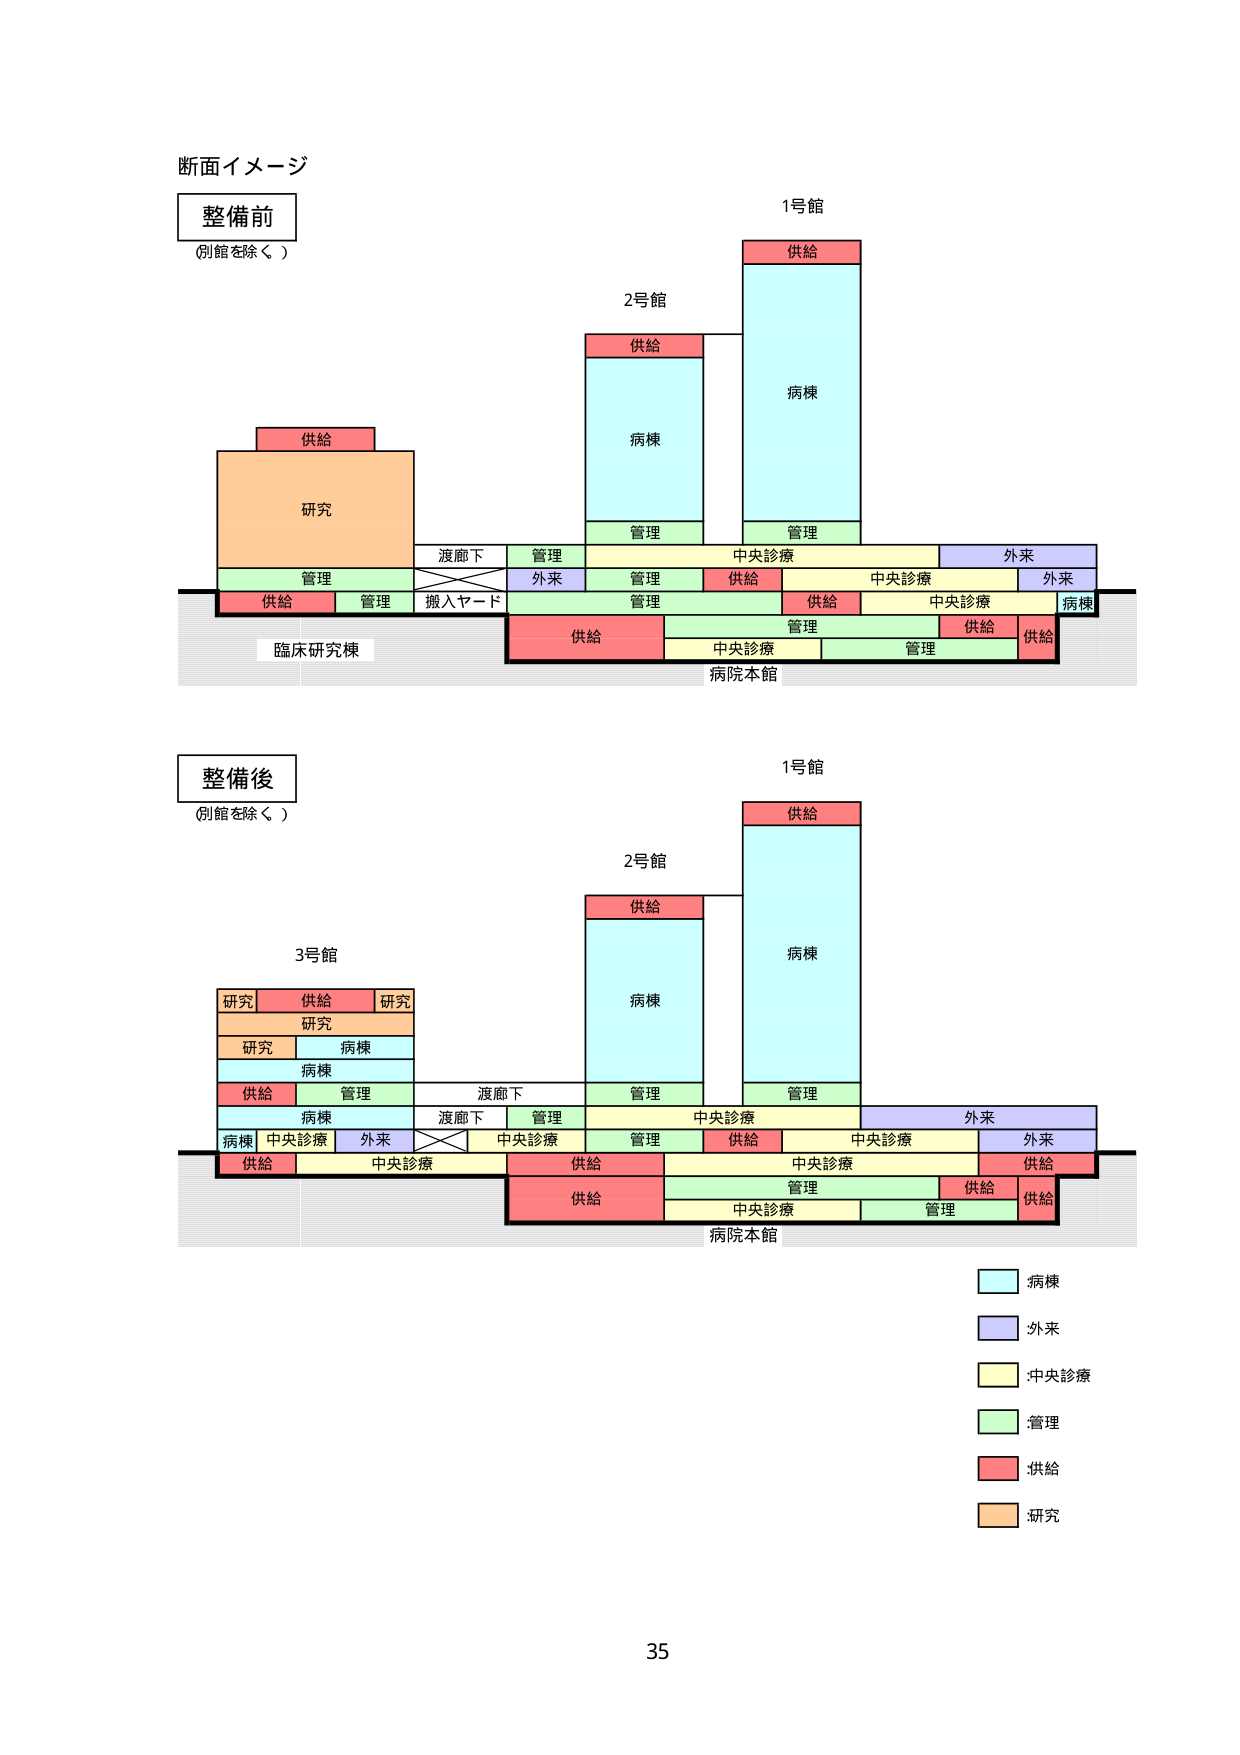
断面イメージ

整備前
(別館を除く)

1号館
供給
病棟
管理

2号館
供給
病棟
管理

研究
供給

管理
渡廊下
管理
中央診療
外来
管理
外来
管理
供給
中央診療
外来
供給
管理
搬入ヤード
管理
供給
中央診療
病棟
供給
管理
供給
供給
臨床研究棟
中央診療
管理
供給
病院本館

整備後
(別館を除く)

1号館
供給
病棟
管理

2号館
供給
病棟
管理

3号館
研究
供給
研究
研究
研究
病棟
病棟
供給
管理
渡廊下
管理
病棟
渡廊下
管理
中央診療
外来
病棟
中央診療
外来
中央診療
管理
供給
中央診療
外来
供給
供給
中央診療
供給
管理
供給
供給
中央診療
管理
供給
病院本館

病棟
外来
中央診療
管理
供給
研究

35